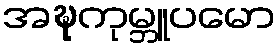
အဍ္ဎကုမ္ဘူပမော